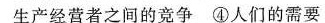
生产经营者之间的竞争④人们的需要